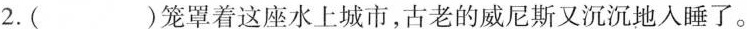
2.( )笼罩着这座水上城市，古老的威尼斯又沉沉地入睡了。